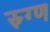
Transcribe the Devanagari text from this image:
स्र्ग्ण